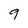
Character: 9